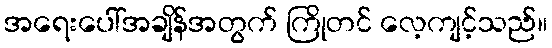
အရေးပေါ်အချိန်အတွက် ကြိုတင် လေ့ကျင့်သည်။